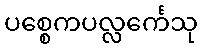
ပစ္စေကပလ္လင်္ကေသု